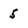
Character: 5